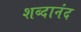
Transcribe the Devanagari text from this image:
शब्दानंद